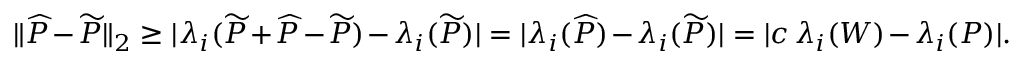
\| \widehat { P } - \widetilde { P } \| _ { 2 } \ge | \lambda _ { i } ( \widetilde { P } + \widehat { P } - \widetilde { P } ) - \lambda _ { i } ( \widetilde { P } ) | = | \lambda _ { i } ( \widehat { P } ) - \lambda _ { i } ( \widetilde { P } ) | = | c \, \lambda _ { i } ( W ) - \lambda _ { i } ( P ) | .